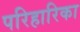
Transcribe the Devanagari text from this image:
परिहारिका